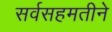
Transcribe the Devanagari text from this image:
सर्वसहमतीने